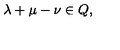
\lambda + \mu - \nu \in Q ,